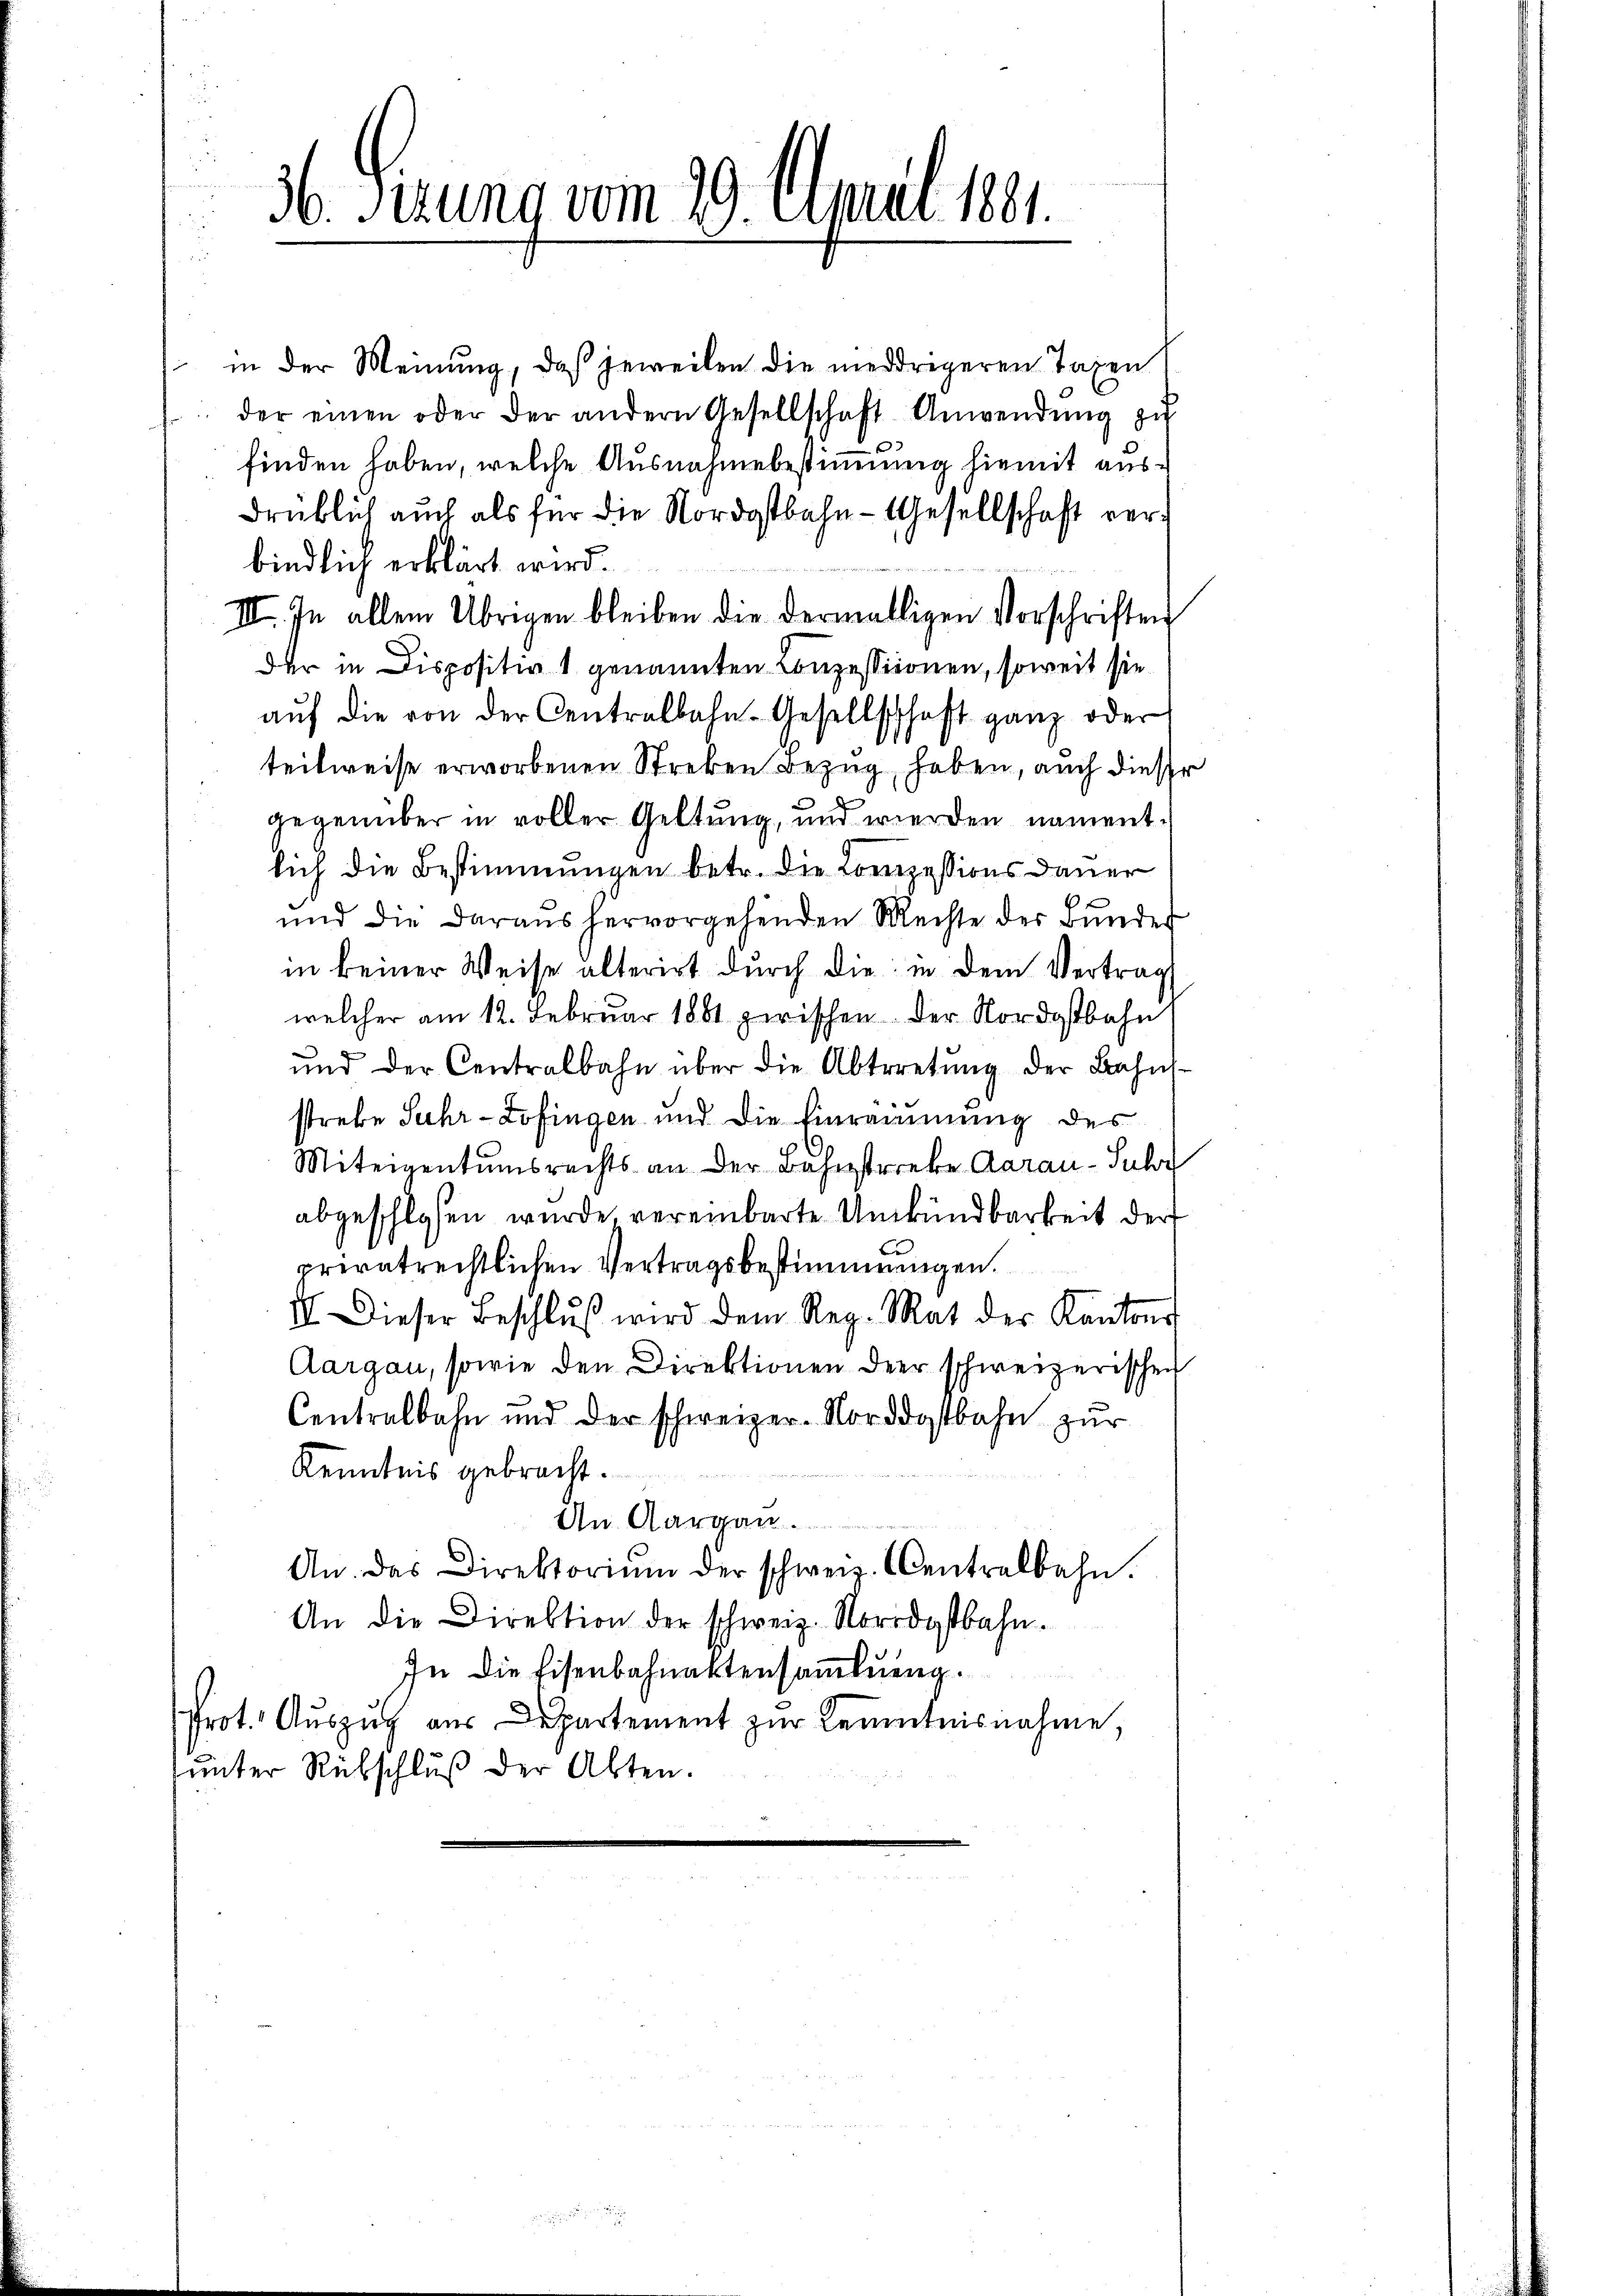
36. Fizung vom 29. April 1891.

in der Meinung, daß jeweilen die niedrigeren Taxen
.. der einen oder der andern Gesellschaft Anwendŭng zŭ
finden haben, welche Ausnahmebestimmung hiemit ausdrüklich auch als für die Nordostbahn- Gesellschaft verbindlich erklärt wird.
III. In allem Übrigen bleiben die dermalligen Vorschriften
der in Dispositiv 1 genannten Conzessionen, soweit sie
aŭf die von der Centralbahn-Gesellschaft ganz oder
teilweise erworbenen Streken Bezug haben, auch dieser
gegenüber in voller Geltung, und werden namentlich die Bestimmungen betr. die Conzessions dauer
ŭnd die daraus hervorgehenden Mechte der Bŭndes
in keiner Weise alterirt dŭrch die in dem Vertrag
welcher am 12. Februar 1881 zwischen der Nordostbahn
und der Centralbahn über die Abtretŭng der Bahns-
strebe Suhr-Lofingen und die Einrammung des
Miteigentumsrechts an der Bahnstreke Aarau-Sulz
abgeschlosen wurde, vereinbarte Umkündbarkeit der
privatrechtlichen Vertragsbestimmungen.
III. Dieser Beschlŭβ wird dem Reg. Rat der Kantons
Aargau, sowie den Direktionen der schweizerischen
Centralbahn und der schweizer-Norddostbahn zur
Kenntnis gebracht.
An Aargau.
An. das Direktoriŭm der schweiz. Centralbahn.
An die Direktion der schweiz. Nordostbahn.
In die Eisenbahnaktensamlung.
Prot. Auszug aus Departement zur Kenntnisnahme,
ŭnter Rübschlŭβ der Akten.